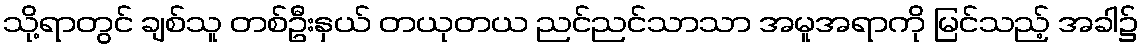
သို့ရာတွင် ချစ်သူ တစ်ဦးနှယ် တယုတယ ညင်ညင်သာသာ အမူအရာကို မြင်သည့် အခါ၌